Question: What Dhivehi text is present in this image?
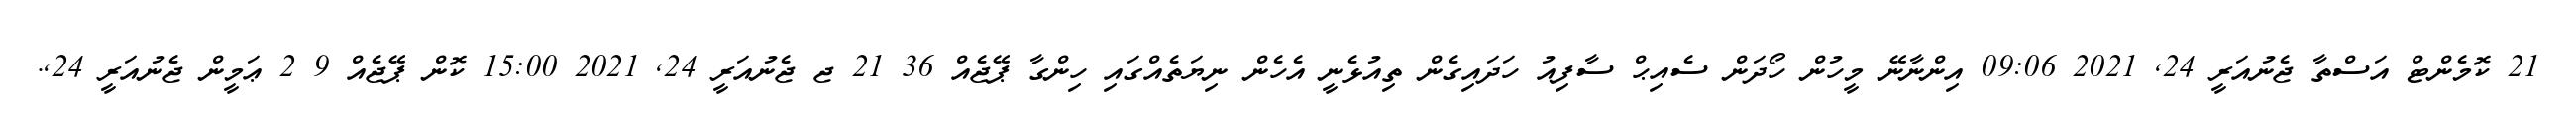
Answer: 21 ކޮމެންޓް އަސްތާ ޖެނުއަރީ 24, 2021 09:06 އިންނާނޭ މީހުން ހޯދަން ސެއިޙް ސާފިއު ހަދައިގެން ތިއުޅެނީ އެހެން ނިޔަތެއްގައި ހިންގާ ޕޭޖެއް 36 21 ޖ ޖެނުއަރީ 24, 2021 15:00 ކޮން ޕޭޖެއް 9 2 ޢަމީން ޖެނުއަރީ 24,.